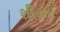
શીટની